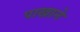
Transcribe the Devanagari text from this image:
पाखाने